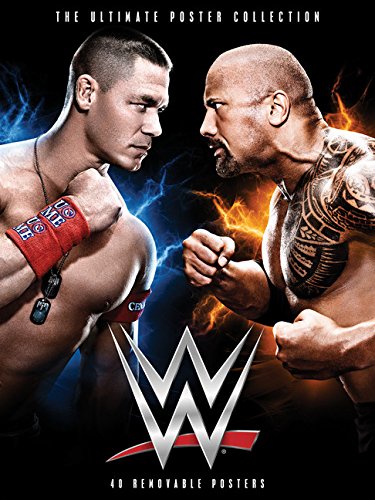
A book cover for WWE: The Ultimate Poster Collection: 40 Removable Posters; Crafts, Hobbies & Home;